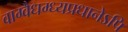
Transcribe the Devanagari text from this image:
वाग्वैधग्ध्यप्रधानेऽपि